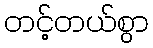
တင့်တယ်စွာ